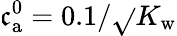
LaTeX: \mathfrak{c}_{\mathrm{{a}}}^{0}=0.1/\sqrt{}{{K_{\mathrm{{w}}}}}